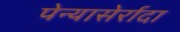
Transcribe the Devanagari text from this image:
पेन्यासेर्रादा